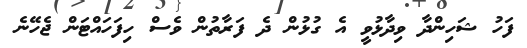
ފަހު ޝަހިންދާ ވިދާޅުވީ އެ ގުޅުން ދެ ފަރާތުން ވެސް ހިފަހައްޓަން ޖެހޭނެ